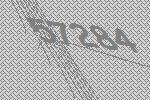
57284